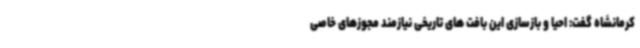
کرمانشاه گفت: احیا و بازسازی این بافت های تاریخی نیازمند مجوزهای خاصی